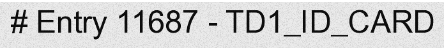
# Entry 11687 - TD1_ID_CARD